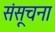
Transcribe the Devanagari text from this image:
संसूचना